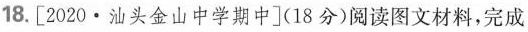
18.[2020·汕头金山中学期中](18分)阅读图文材料，完成